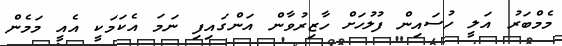
މެމްބަރު އަލީ ހުސައިން ފުލުހަށް ހާޒިރުވާން އަންގައިފި ނަމަ އެކަމަކީ އެއީ މަމެން